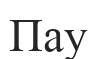
Пау